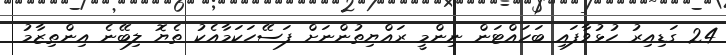
24 ގަޑިއިރު ހުޅުވާފައި ބަހައްޓަން ނިންމީ ރައްޔިތުންނަށް ފަސޭހަކަމާއެކު ތެޔޮ ލިބޭނެ އިންތިޒާމު